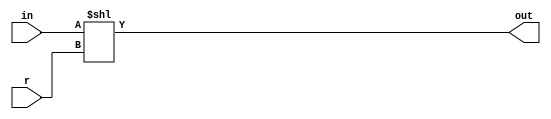
module shifter(in,r,out);
input [31:0]in;
input [4:0]r;
output [63:0]out;

assign out=({32'b0,in})<<r;

endmodule